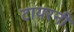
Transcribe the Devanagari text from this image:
टायरनी